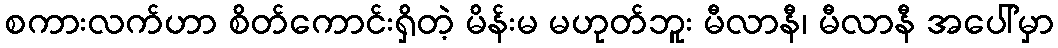
စကားလက်ဟာ စိတ်ကောင်းရှိတဲ့ မိန်းမ မဟုတ်ဘူး မီလာနီ၊ မီလာနီ အပေါ်မှာ